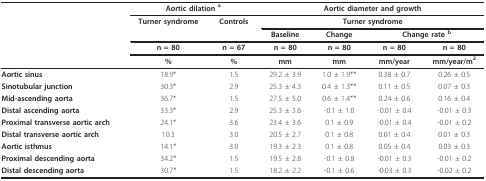
<table><thead><tr><td></td><td colspan="2"><b>Aortic dilation <sup>a</sup></b></td><td colspan="4"><b>Aortic diameter and growth</b></td></tr><tr><td></td><td><b>Turner syndrome</b></td><td><b>Controls</b></td><td colspan="4"><b>Turner syndrome</b></td></tr><tr><td></td><td></td><td></td><td><b>Baseline</b></td><td><b>Change</b></td><td colspan="2"><b>Change rate <sup>b</sup></b></td></tr><tr><td></td><td><b>n = 80</b></td><td><b>n = 67</b></td><td><b>n = 80</b></td><td><b>n = 80</b></td><td><b>n = 80</b></td><td><b>n = 80</b></td></tr><tr><td></td><td><b>%</b></td><td><b>%</b></td><td><b>mm</b></td><td><b>mm</b></td><td><b>mm/year</b></td><td><b>mm/year/m<sup>2</sup></b></td></tr></thead><tbody><tr><td><b>Aortic sinus</b></td><td>18.9*</td><td>1.5</td><td>29.2 ± 3.9</td><td>1.0 ± 1.9**</td><td>0.38 ± 0.7</td><td>0.26 ± 0.5</td></tr><tr><td><b>Sinotubular junction</b></td><td>30.3*</td><td>2.9</td><td>25.3 ± 4.3</td><td>0.4 ± 1.3**</td><td>0.11 ± 0.5</td><td>0.07 ± 0.3</td></tr><tr><td><b>Mid-ascending aorta</b></td><td>36.7*</td><td>1.5</td><td>27.5 ± 5.0</td><td>0.6 ± 1.4**</td><td>0.24 ± 0.6</td><td>0.16 ± 0.4</td></tr><tr><td><b>Distal ascending aorta</b></td><td>33.3*</td><td>2.9</td><td>25.3 ± 3.6</td><td>-0.1 ± 1.0</td><td>-0.01 ± 0.4</td><td>-0.01 ± 0.3</td></tr><tr><td><b>Proximal transverse aortic arch</b></td><td>24.1*</td><td>3.6</td><td>23.4 ± 3.6</td><td>0.1 ± 0.9</td><td>-0.01 ± 0.4</td><td>-0.01 ± 0.2</td></tr><tr><td><b>Distal transverse aortic arch</b></td><td>10.3</td><td>3.0</td><td>20.5 ± 2.7</td><td>0.1 ± 0.8</td><td>0.01 ± 0.4</td><td>0.01 ± 0.3</td></tr><tr><td><b>Aortic isthmus</b></td><td>14.1*</td><td>3.0</td><td>19.3 ± 2.3</td><td>0.1 ± 0.8</td><td>0.05 ± 0.4</td><td>0.03 ± 0.3</td></tr><tr><td><b>Proximal descending aorta</b></td><td>34.2*</td><td>1.5</td><td>19.5 ± 2.8</td><td>-0.1 ± 0.8</td><td>-0.01 ± 0.3</td><td>-0.01 ± 0.2</td></tr><tr><td><b>Distal descending aorta</b></td><td>30.7*</td><td>1.5</td><td>18.2 ± 2.2</td><td>-0.1 ± 0.6</td><td>-0.03 ± 0.3</td><td>-0.02 ± 0.2</td></tr></tbody></table>